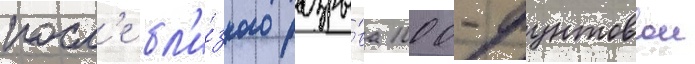
посл'е бл'и́зкого разры́ва 1000-фунтовои